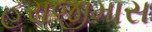
હરાજીમાસ